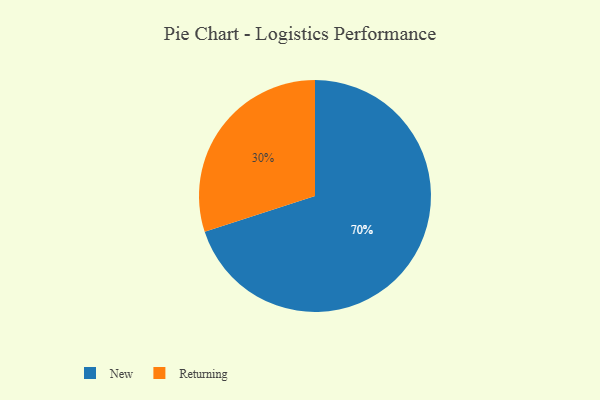
{"axis": {"x": "Category", "y": "Percentage"}, "legend": ["New", "Returning"], "data": [{"x": "New", "y": 70, "type": "New"}, {"x": "Returning", "y": 30, "type": "Returning"}]}